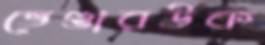
ভেণ্ডারউক